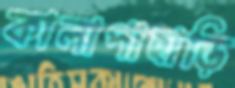
কালাপাহাড়ি